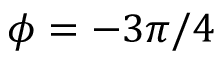
\phi = - 3 \pi / 4